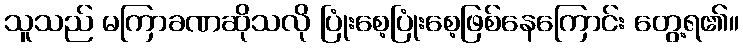
သူသည် မကြာခဏဆိုသလို ပြုံးစေ့ပြုံးစေ့ဖြစ်နေကြောင်း တွေ့ရ၏။